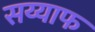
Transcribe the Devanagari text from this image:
सय्याफ